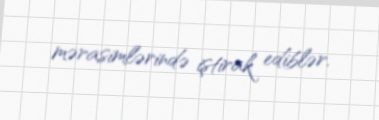
mərasimlərində iştirak ediblər.